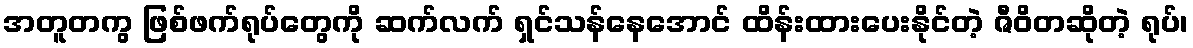
အတူတကွ ဖြစ်ဖက်ရုပ်တွေကို ဆက်လက် ရှင်သန်နေအောင် ထိန်းထားပေးနိုင်တဲ့ ဇီဝိတဆိုတဲ့ ရုပ်၊